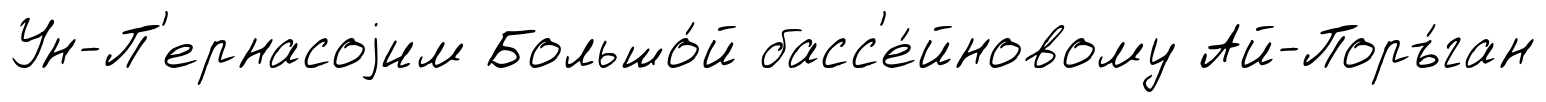
Ун-П'ернасоjим Большо́й басс'е́йновому Ай-Поръ́ган